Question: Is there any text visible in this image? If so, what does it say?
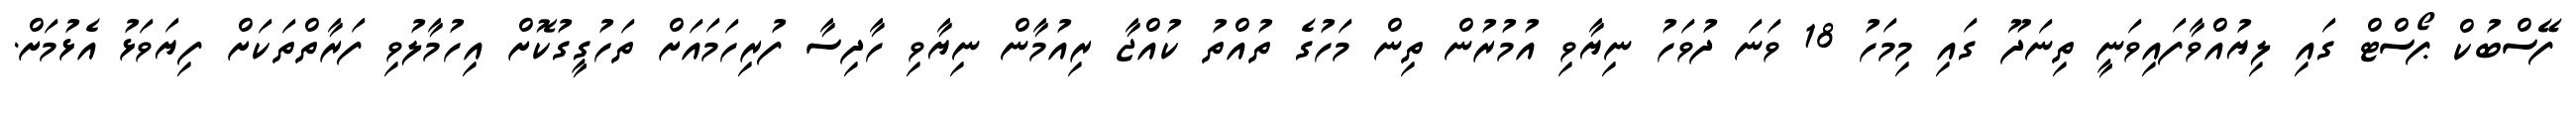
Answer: ފޭސްބުކް ޕޯސްޓް ގައި ލިޔުއްވާފައިވަނީ ތިނަދޫ ގައި މިމަހު 18 ވަނަ ދުވަހު ނިޔާވި އުމުރުން ތިން މަހުގެ ތުއްތު ކުއްޖާ ރިއުމާން ނިޔާވި ހާދިސާ ފުރިހަމައަށް ތަހުގީގުކޮށް އިހުމާލުވި ފަރާތްތަކަށް ފިޔަވަޅު އެޅުމަށް.